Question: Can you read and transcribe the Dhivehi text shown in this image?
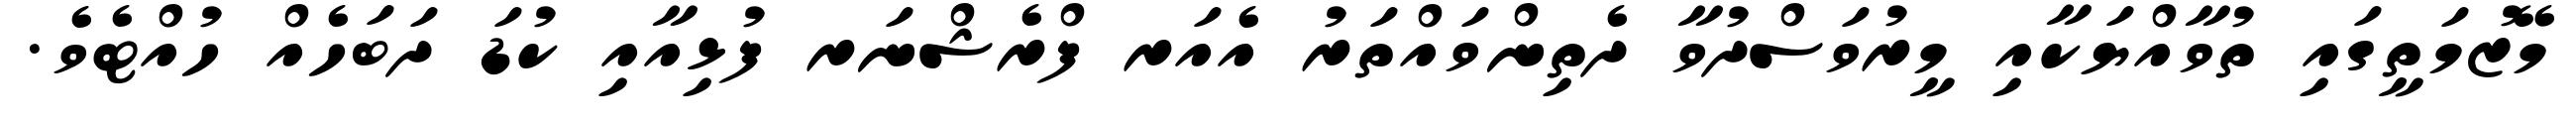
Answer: މޭޒުމަތީގައި ތުވާއްޔަކާއި މީރުވަސްދުވާ ދެތިންވައްތަރު އެއަރ ފްރެޝްނަރ ފުޅިއާއި ކުޑަ ދަބަހެއް ހުއްޓެވެ.